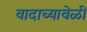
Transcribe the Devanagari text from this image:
वादाच्यावेळी